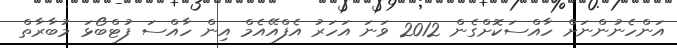
އަންހެނުންނަށް ހާއްސަކޮށްގެން 2012 ވަނަ އަހަރު އެފްއޭއެމް އިން ހާއްސަ ފުޓްބޯޅަ މުބާރާތް